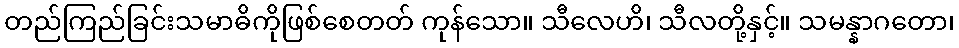
တည်ကြည်ခြင်းသမာဓိကိုဖြစ်စေတတ် ကုန်သော။ သီလေဟိ၊ သီလတို့နှင့်။ သမန္နာဂတော၊